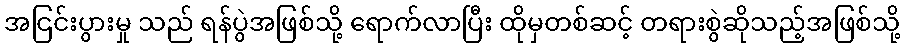
အငြင်းပွားမှု သည် ရန်ပွဲအဖြစ်သို့ ရောက်လာပြီး ထိုမှတစ်ဆင့် တရားစွဲဆိုသည့်အဖြစ်သို့